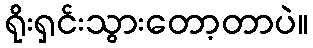
ရိုးရှင်းသွားတော့တာပဲ။